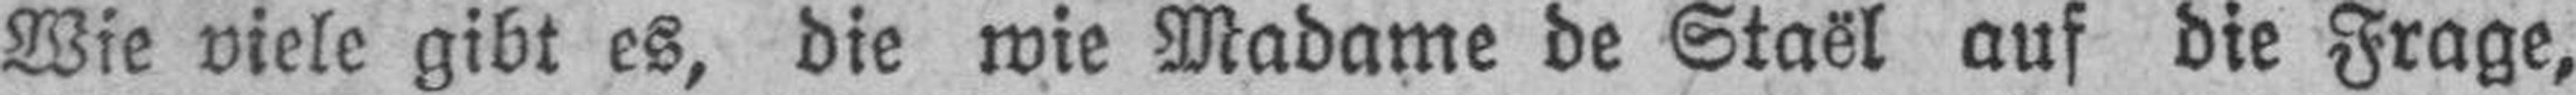
Wie viele gibt es, die wie Madame de Staël auf die Frage,